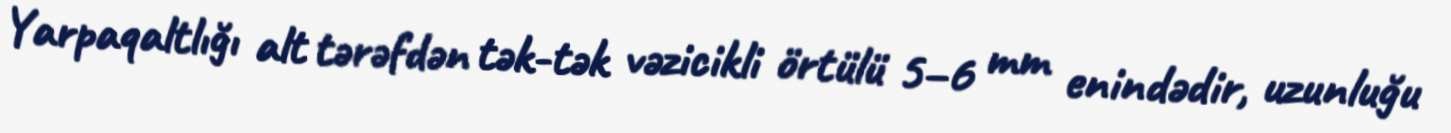
Yarpaqaltlığı alt tərəfdən tək-tək vəzicikli örtülü 5–6 mm enindədir, uzunluğu